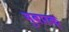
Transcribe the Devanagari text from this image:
मुबारक्